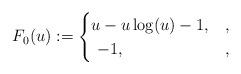
LaTeX: \begin{align*} F_0(u) := \begin{cases} u - u \log(u)-1, &, \\\ -1, & , \end{cases}\end{align*}